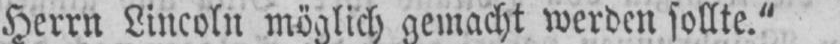
Herrn Lincoln möglich gemacht werden sollte.”